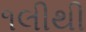
૧લીથી